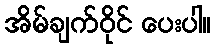
အိမ်ချက်ဝိုင် ပေးပါ။